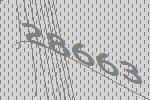
28663